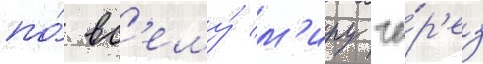
по́ вс'ему́ м'иру че́р'ез